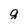
Character: q